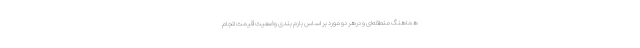
هماهنگ منطقه‌ای و درهر دو مورد بر اساس بارم بندی وضعیت قیمت انجام